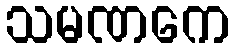
သမဏကေ